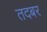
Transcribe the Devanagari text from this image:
तदबर